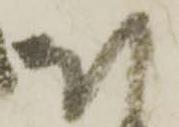
ほ